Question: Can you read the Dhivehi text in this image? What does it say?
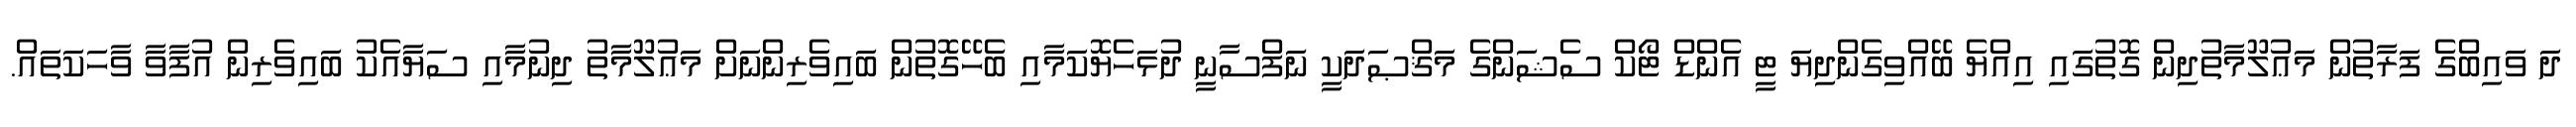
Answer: ދަ ވައިބްގެ ފަރާތުން މަޢުލޫމާތުދިން ގޮތުގައި އިއްޔެ ބޭއްވިގެންދިޔަ ޓީ އެންޑް ޓޯކް ސެޝަންގެ މަޤްޞަދަކީ ނަފްސާނީ ދުޅަހެޔޮކަމާއި ބެހޭގޮތުން ބައިވެރިންނަށް މަޢުލޫމާތު ދިނުމާއި ސަޔާއެކު ބައިވެރިން އުފާވާ ވާހަކަތައް.